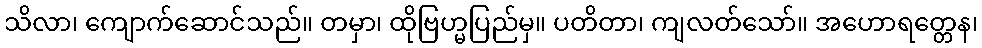
သိလာ၊ ကျောက်ဆောင်သည်။ တမှာ၊ ထိုဗြဟ္မပြည်မှ။ ပတိတာ၊ ကျလတ်သော်။ အဟောရတ္တေန၊